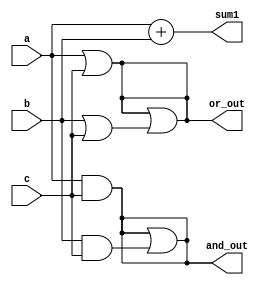
module overlapping_groups (
    input wire [3:0] a,        // Input group 1
    input wire [3:0] b,        // Input group 2
    input wire [3:0] c,        // Input group 3
    output wire [4:0] sum1,    // Output from Group 1 (Addition)
    output wire [3:0] and_out,  // Output from Group 2 (AND operation)
    output wire [3:0] or_out    // Output from Group 3 (OR operation)
);

// Group 1: Addition (a + b)
assign sum1 = a + b;

// Group 2: Logical AND (a & c) and (b & c)
assign and_out = a & c; // Overlapping input 'c' with 'a'
assign and_out = and_out | (b & c); // Overlapping input 'c' with 'b'

// Group 3: Logical OR (a | c) and (b | c)
assign or_out = a | c; // Overlapping input 'c' with 'a'
assign or_out = or_out | (b | c); // Overlapping input 'c' with 'b'

// Additional logic can be added here for more complex operations
// This is a simple demonstration of overlapping groups

endmodule